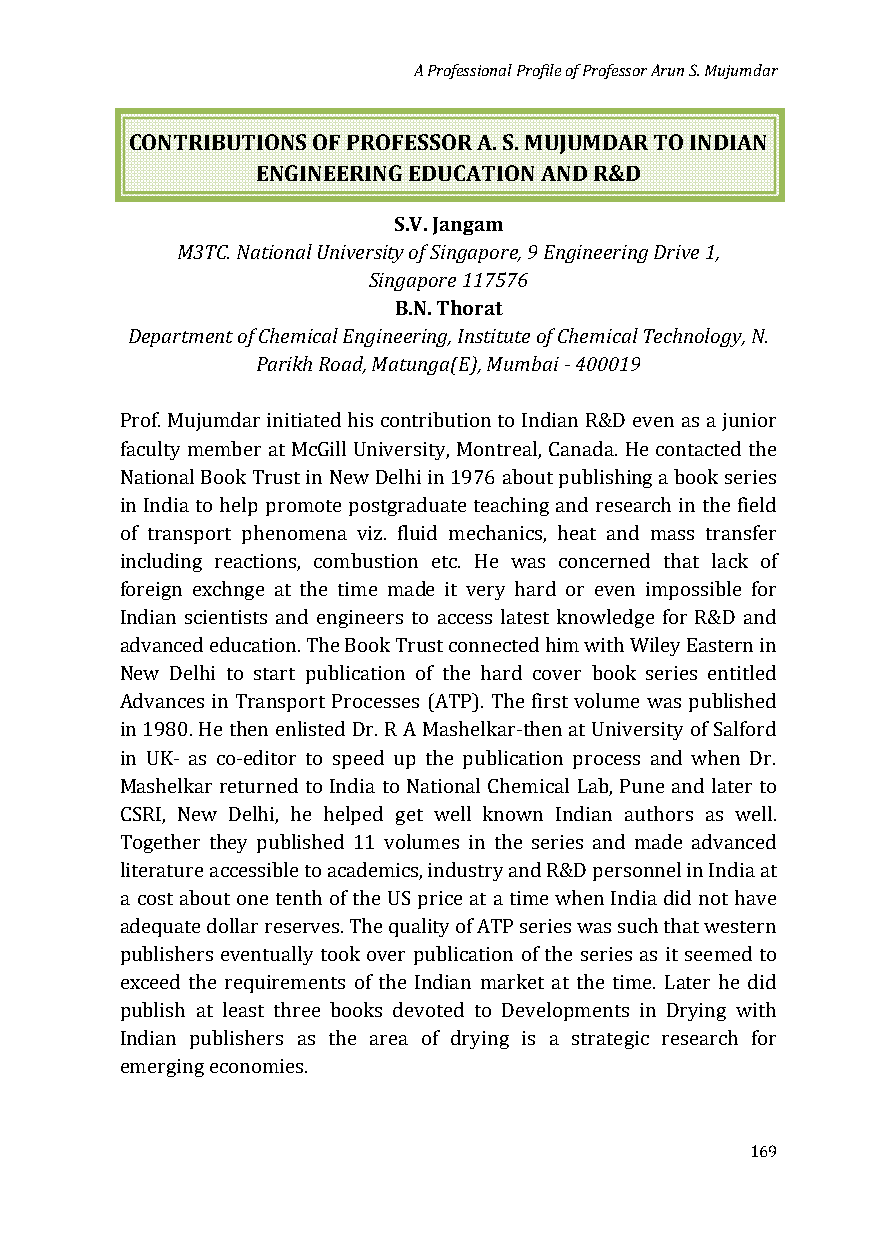
A Professional Profile of Professor Arun S. Mujumdar
 CONTRIBUTIONS OF PROFESSOR A. S. MUJUMDAR TO INDIAN
 ENGINEERING EDUCATION AND R&D
 S.V. Jangam
 M3TC. National University of Singapore, 9 Engineering Drive 1,
 Singapore 117576
 B.N. Thorat
 Department of Chemical Engineering, Institute of Chemical Technology, N.
 Parikh Road, Matunga(E), Mumbai - 400019
 Prof. Mujumdar initiated his contribution to Indian R&D even as a junior
 faculty member at McGill University, Montreal, Canada. He contacted the
 National Book Trust in New Delhi in 1976 about publishing a book series
 in India to help promote postgraduate teaching and research in the field
 of transport phenomena viz. fluid mechanics, heat and mass transfer
 including reactions, combustion etc. He was concerned that lack of
 foreign exchnge at the time made it very hard or even impossible for
 Indian scientists and engineers to access latest knowledge for R&D and
 advanced education. The Book Trust connected him with Wiley Eastern in
 New Delhi to start publication of the hard cover book series entitled
 Advances in Transport Processes (ATP). The first volume was published
 in 1980. He then enlisted Dr. R A Mashelkar-then at University of Salford
 in UK- as co-editor to speed up the publication process and when Dr.
 Mashelkar returned to India to National Chemical Lab, Pune and later to
 CSRI, New Delhi, he helped get well known Indian authors as well.
 Together they published 11 volumes in the series and made advanced
 literature accessible to academics, industry and R&D personnel in India at
 a cost about one tenth of the US price at a time when India did not have
 adequate dollar reserves. The quality of ATP series was such that western
 publishers eventually took over publication of the series as it seemed to
 exceed the requirements of the Indian market at the time. Later he did
 publish at least three books devoted to Developments in Drying with
 Indian publishers as the area of drying is a strategic research for
 emerging economies.
 169